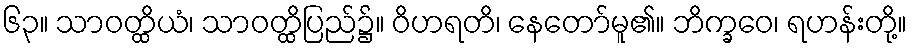
၆၃။ သာဝတ္ထိယံ၊ သာဝတ္ထိပြည်၌။ ဝိဟရတိ၊ နေတော်မူ၏။ ဘိက္ခဝေ၊ ရဟန်းတို့။